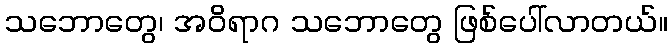
သဘောတွေ၊ အဝိရာဂ သဘောတွေ ဖြစ်ပေါ်လာတယ်။